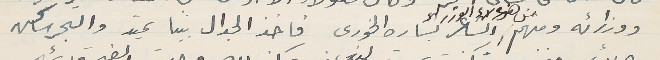
ووزرائه ومنهم من هؤلاء الوزراء الشاعر بشاره الخورى فاخذ الجدال بيننا يحتد والبحر ساكن